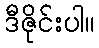
ဒီဇိုင်းပါ။